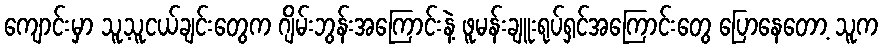
ကျောင်းမှာ သူ့သူငယ်ချင်းတွေက ဂျိမ်းဘွန်းအကြောင်းနဲ့ ဖူမန်းချူးရုပ်ရှင်အကြောင်းတွေ ပြောနေတော့ သူက